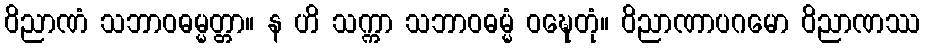
ဝိညာဏံ သဘာဝဓမ္မတ္တာ။ န ဟိ သက္ကာ သဘာဝဓမ္မံ ဝဍ္ဎေတုံ။ ဝိညာဏာပဂမော ဝိညာဏဿ